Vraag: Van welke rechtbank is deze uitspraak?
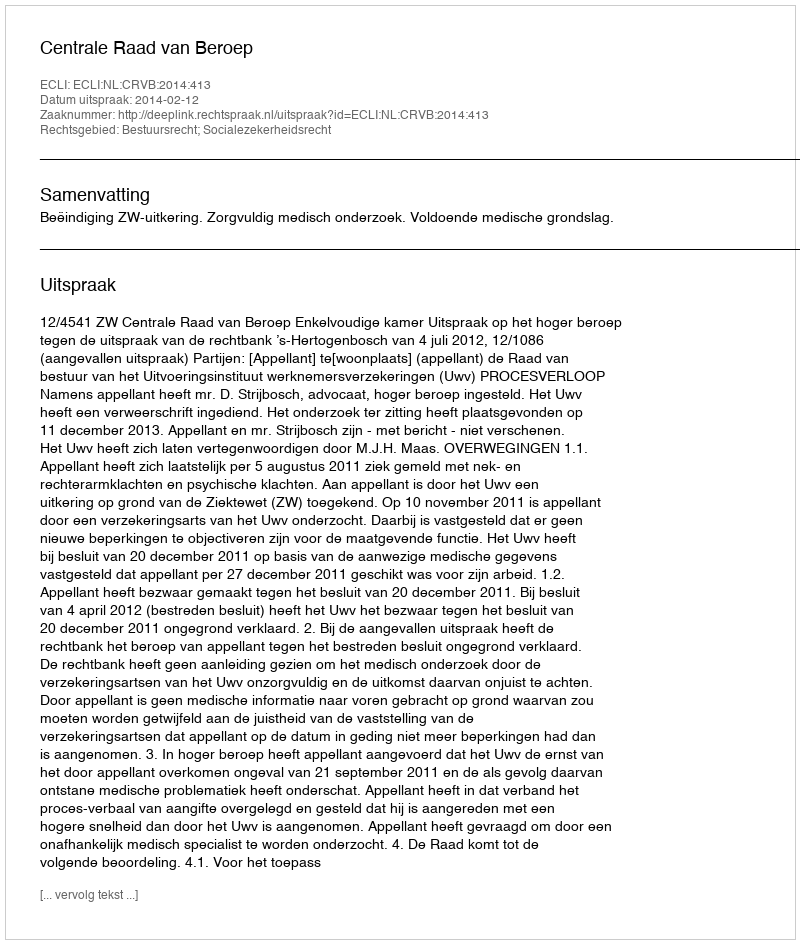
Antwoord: Centrale Raad van Beroep